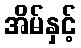
အိမ်နှင့်